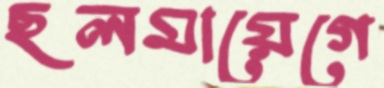
ছলমায়েগে